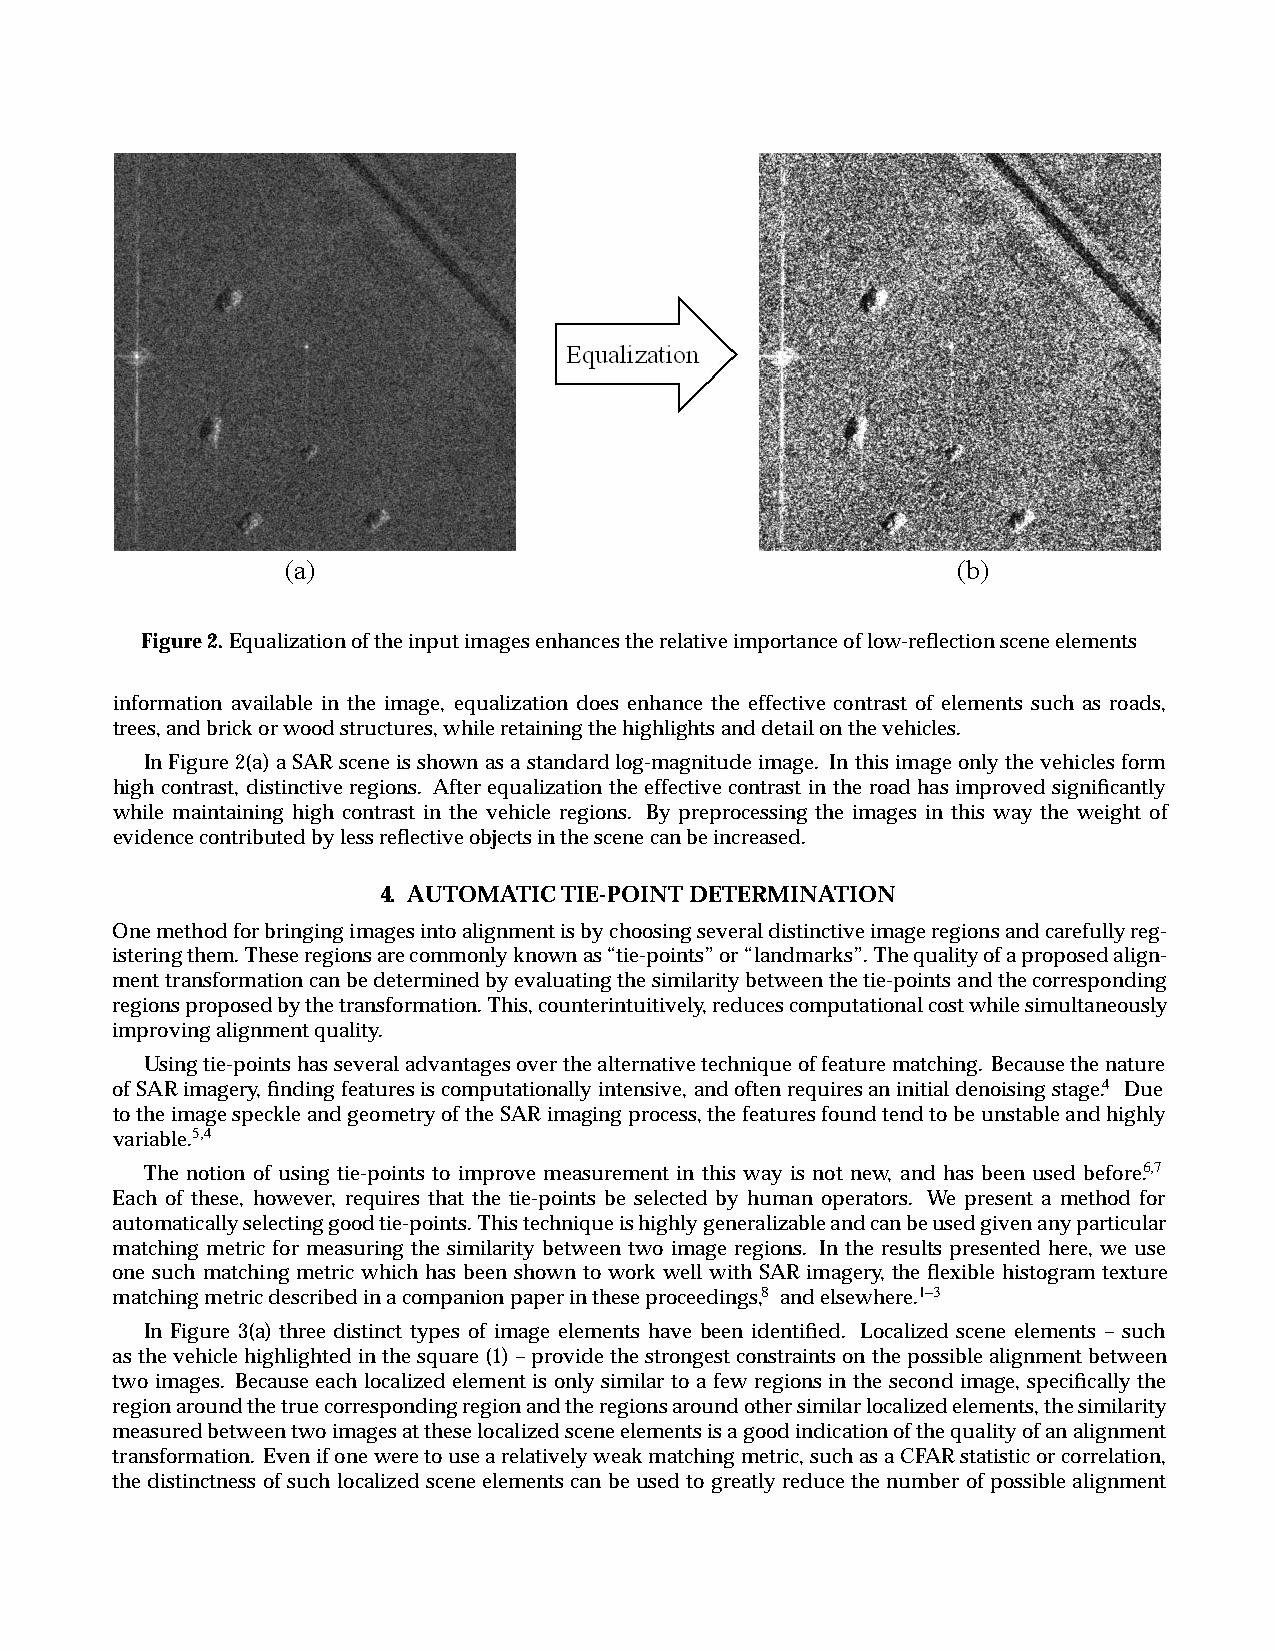
Figure2.Equalizationoftheinputimagesenhancestherelativeimportanceoflow-reflectionsceneelements
 information available in the image, equalization does enhance the effective contrast of elements such as roads,
 trees,andbrickorwoodstructures,whileretainingthehighlightsanddetailonthevehicles.
 InFigure2(a)aSARscene isshown asastandardlog-magnitude image. Inthis imageonly thevehiclesform
 high contrast, distinctive regions. Afterequalization the effectivecontrast in the roadhas improved significantly
 while maintaining high contrast in the vehicle regions. By preprocessing the images in this way the weight of
 evidencecontributedbylessreflectiveobjectsinthescenecanbeincreased.
 4. AUTOMATICTIE-POINTDETERMINATION
 Onemethodforbringingimagesintoalignmentisbychoosingseveraldistinctiveimageregionsandcarefullyreg-
 isteringthem.Theseregionsarecommonlyknownas“tie-points”or“landmarks”.Thequalityofaproposedalign-
 menttransformationcanbedeterminedbyevaluatingthesimilaritybetweenthetie-pointsandthecorresponding
 regionsproposedbythetransformation.This,counterintuitively,reducescomputationalcostwhilesimultaneously
 improvingalignmentquality.
 Usingtie-pointshasseveraladvantagesoverthealternativetechniqueoffeaturematching. Becausethenature
 ofSARimagery,findingfeaturesiscomputationallyintensive,andoftenrequiresaninitialdenoisingstage.4 Due
 totheimagespeckleandgeometryoftheSARimagingprocess,thefeaturesfoundtendtobeunstableandhighly
 variable.5,4
 The notion of using tie-points to improve measurement in this way is not new, and has been used before.6,7
 Each of these, however, requires that the tie-points be selected by human operators. We present a method for
 automaticallyselectinggoodtie-points. Thistechniqueishighlygeneralizableandcanbeusedgivenanyparticular
 matching metric for measuring the similarity between two image regions. In the results presented here, we use
 one such matching metric which has been shown to work well with SAR imagery, the flexible histogram texture
 matchingmetricdescribedinacompanionpaperintheseproceedings,8 andelsewhere.1–3
 In Figure 3(a) three distinct types of image elements have been identified. Localized scene elements – such
 asthevehiclehighlighted in thesquare(1)–providethestrongest constraintson thepossible alignmentbetween
 two images. Becauseeachlocalizedelement is only similar to a fewregions in the second image, specifically the
 regionaroundthetruecorrespondingregionandtheregionsaroundothersimilarlocalizedelements,thesimilarity
 measuredbetweentwoimagesattheselocalizedsceneelementsisagoodindicationofthequalityofanalignment
 transformation. Evenifoneweretousearelativelyweakmatchingmetric,suchasaCFARstatisticorcorrelation,
 the distinctness ofsuch localized sceneelements can beused to greatlyreducethe number of possible alignment